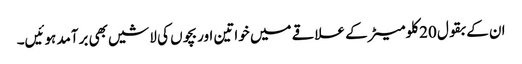
ان کے بقول 20 کلومیٹر کے علاقے میں خواتین اور بچوں کی لاشیں بھی برآمد ہوئیں۔